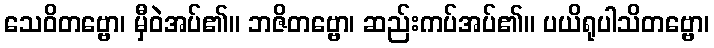
သေဝိတဗ္ဗော၊ မှီဝဲအပ်၏။ ဘဇိတဗ္ဗော၊ ဆည်းကပ်အပ်၏။ ပယိရုပါသိတဗ္ဗော၊